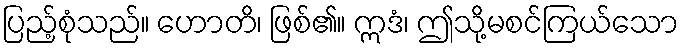
ပြည့်စုံသည်။ ဟောတိ၊ ဖြစ်၏။ ဣဒံ၊ ဤသို့မစင်ကြယ်သော